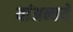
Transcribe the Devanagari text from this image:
यांअन्वये